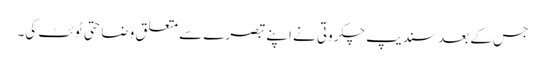
جس کے بعد سندیپ چکروتی نے اپنے تبصرے سے متعلق وضاحتی ٹوئٹ کی۔